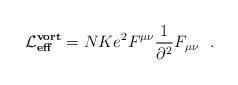
LaTeX: \begin{align*}{\cal L}^{\bf vort}_{\bf eff} = NKe^2 F^{\mu\nu} \frac{1}{\partial^2}F_{\mu \nu} \, \, \, \, .\end{align*}